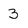
Character: 3